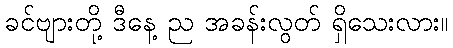
ခင်ဗျားတို့ ဒီနေ့ ည အခန်းလွတ် ရှိသေးလား။